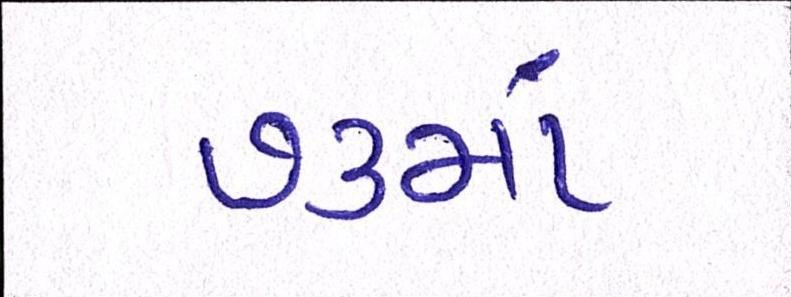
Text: ૭૩માં